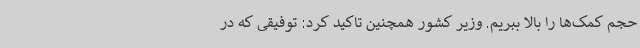
حجم کمک‌ها را بالا ببریم. وزیر کشور همچنین تاکید کرد: توفیقی که در